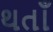
થતાઁ